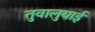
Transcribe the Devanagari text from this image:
तुवालुयाई